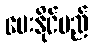
ပေးနိုင်မည်